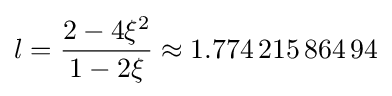
l={\frac {2-4\xi ^{2}}{1-2\xi }}\approx 1.774\,215\,864\,94